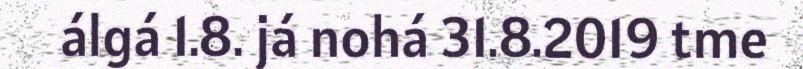
álgá 1.8. já nohá 31.8.2019 tme